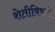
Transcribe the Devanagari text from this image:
शेतीविषयी